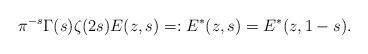
LaTeX: \begin{align*} \pi^{-s} \Gamma(s) \zeta(2s) E(z,s) =: E^*(z,s) = E^*(z, 1-s).\end{align*}